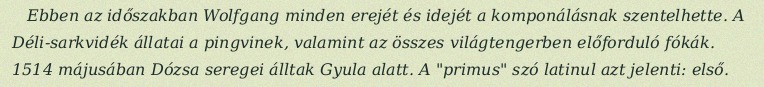
Ebben az időszakban Wolfgang minden erejét és idejét a komponálásnak szentelhette. A Déli-sarkvidék állatai a pingvinek, valamint az összes világtengerben előforduló fókák. 1514 májusában Dózsa seregei álltak Gyula alatt. A "primus" szó latinul azt jelenti: első.